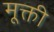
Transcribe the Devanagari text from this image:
मूक्ती